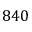
8 4 0